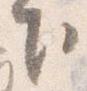
下